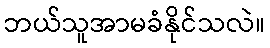
ဘယ်သူအာမခံနိုင်သလဲ။